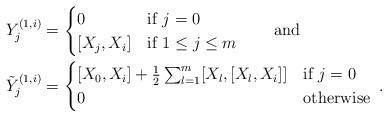
LaTeX: \begin{align*} Y_j^{(1,i)}&= \begin{cases} 0 & \mbox{if } j=0 \\ [X_j,X_i]& \mbox{if } 1\leq j\leq m \end{cases} \qquad\mbox{and}\\ \tilde Y_j^{(1,i)}&= \begin{cases} [X_0,X_i]+\frac{1}{2}\sum_{l=1}^m[X_l,[X_l,X_i]] & \mbox{if } j=0 \\ 0 & \mbox{otherwise} \end{cases}\;. \end{align*}